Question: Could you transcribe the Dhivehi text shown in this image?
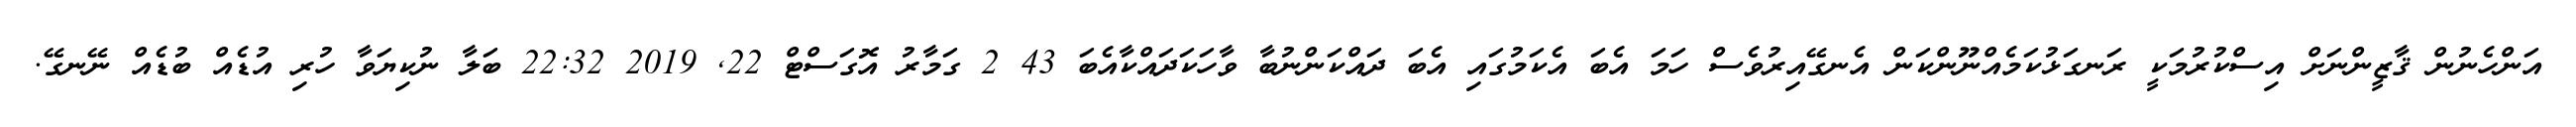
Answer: އަންހެނުން ޤާޒީންނަށް އިސްކުރުމަކީ ރަނގަޅުކަމެއްނޫންކަން އެނގޭއިރުވެސް ހަމަ އެބަ އެކަމުގައި އެބަ ދައްކަންނުބާ ވާހަކަދައްކާއެބަ 43 2 ގަމާރު އޮގަސްޓް 22, 2019 22:32 ބަލާ ނުކިޔަވާ ހުރި އުޑެއް ބުޑެއް ނޭނގޭ.